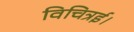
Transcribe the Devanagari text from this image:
विचित्रई।